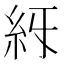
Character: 𥾙